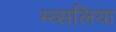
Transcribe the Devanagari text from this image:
म्य्सलिया